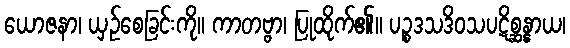
ယောဇနာ၊ ယှဉ်စေခြင်းကို။ ကာတဗ္ဗာ၊ ပြုထိုက်၏။ ပဉ္စဒသဒိဝသပဋိစ္ဆန္နာယ၊